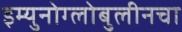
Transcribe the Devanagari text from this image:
इम्युनोग्लोबुलीनचा